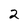
Character: 2